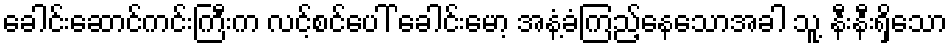
ခေါင်းဆောင်ကင်းကြီးက လင့်စင်ပေါ် ခေါင်းမော့ အနံ့ခံကြည့်နေသောအခါ သူ့ နီးနီးရှိသော